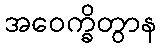
အဝေက္ခိတွာန